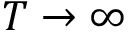
T \to \infty